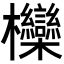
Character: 𣡵